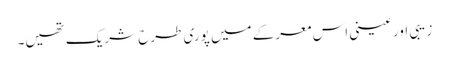
زیبی اور عینی اس معرکے میں پوری طرح شریک تھیں۔